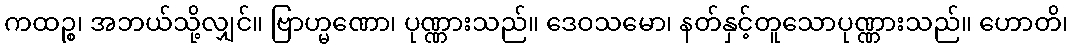
ကထဉ္စ၊ အဘယ်သို့လျှင်။ ဗြာဟ္မဏော၊ ပုဏ္ဏားသည်။ ဒေဝသမော၊ နတ်နှင့်တူသောပုဏ္ဏားသည်။ ဟောတိ၊